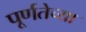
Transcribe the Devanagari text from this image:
पूर्णतेच्या